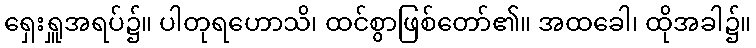
ရှေးရှူအရပ်၌။ ပါတုရဟောသိ၊ ထင်စွာဖြစ်တော်၏။ အထခေါ၊ ထိုအခါ၌။